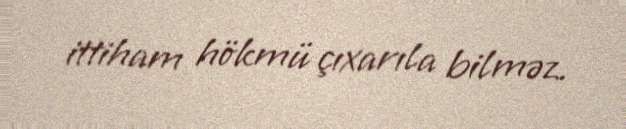
ittiham hökmü çıxarıla bilməz.